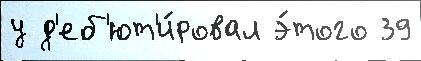
у д'еб'ют'и́ровал э́того 39